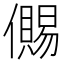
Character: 儩